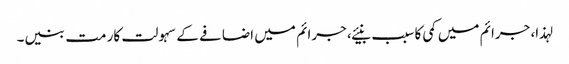
لہذا، جرائم میں کمی کا سبب بنیئے، جرائم میں اضافے کے سہولت کار مت بنیں۔